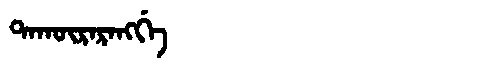
Manchu: ᡨᠠᡴᡡᡵᠠᡵᠠᠩᡤᡝ
Romanization: TAKŪRARANGGE